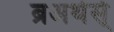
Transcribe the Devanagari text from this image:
ब्रअथेर्स्